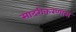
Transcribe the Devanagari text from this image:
सादरीकरणास